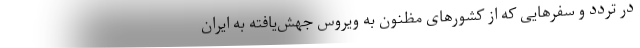
در تردد و سفرهایی که از کشورهای مظنون به ویروس جهش‌‌یافته به ایران